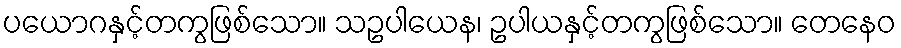
ပယောဂနှင့်တကွဖြစ်သော။ သဥပါယေန၊ ဥပါယနှင့်တကွဖြစ်သော။ တေနေဝ